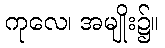
ကုလေ၊ အမျိုး၌။